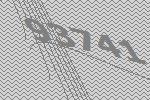
93741